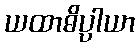
ယထာဓိပ္ပါယာ